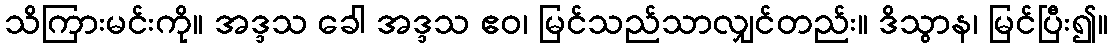
သိကြားမင်းကို။ အဒ္ဒသ ခေါ အဒ္ဒသ ဧဝ၊ မြင်သည်သာလျှင်တည်း။ ဒိသွာန၊ မြင်ပြီး၍။